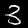
Label: 3